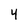
Character: 4